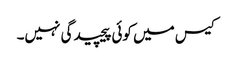
کیس میں کوئی پیچیدگی نہیں۔